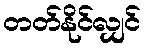
တတ်နိုင်လျှင်